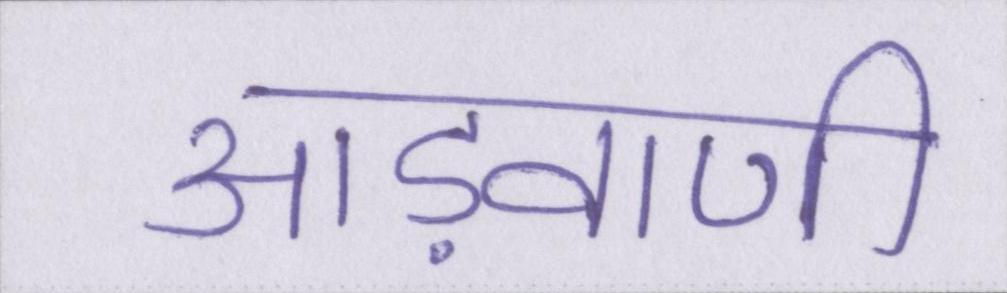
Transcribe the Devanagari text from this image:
आड़वाणी